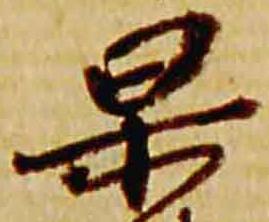
杲